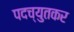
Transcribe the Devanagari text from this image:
पदच्युतकर